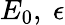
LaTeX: E_{0},~\epsilon